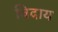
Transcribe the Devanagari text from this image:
बिदाय